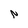
Character: N